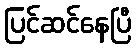
ပြင်ဆင်နေပြီ